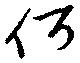
何